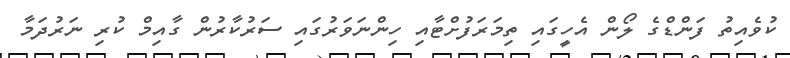
ކުވެއިތު ފަންޑްގެ ލޯން އެހީގައި ތިމަރަފުށްޓާއި ހިންނަވަރުގައި ސަރުކާރުން ގާއިމް ކުރި ނަރުދަމާ